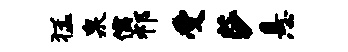
猛泉儒祁受莎悬